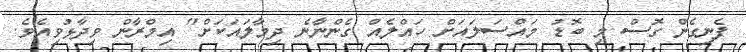
ފެނިގެން ގޮސް މި ބޮޑު މައްސަލައަށް ހައްލެއް ގެންނާނެ ދިމާލައަކަށް" އިމްރާން ވިދާޅުވިއެވެ.